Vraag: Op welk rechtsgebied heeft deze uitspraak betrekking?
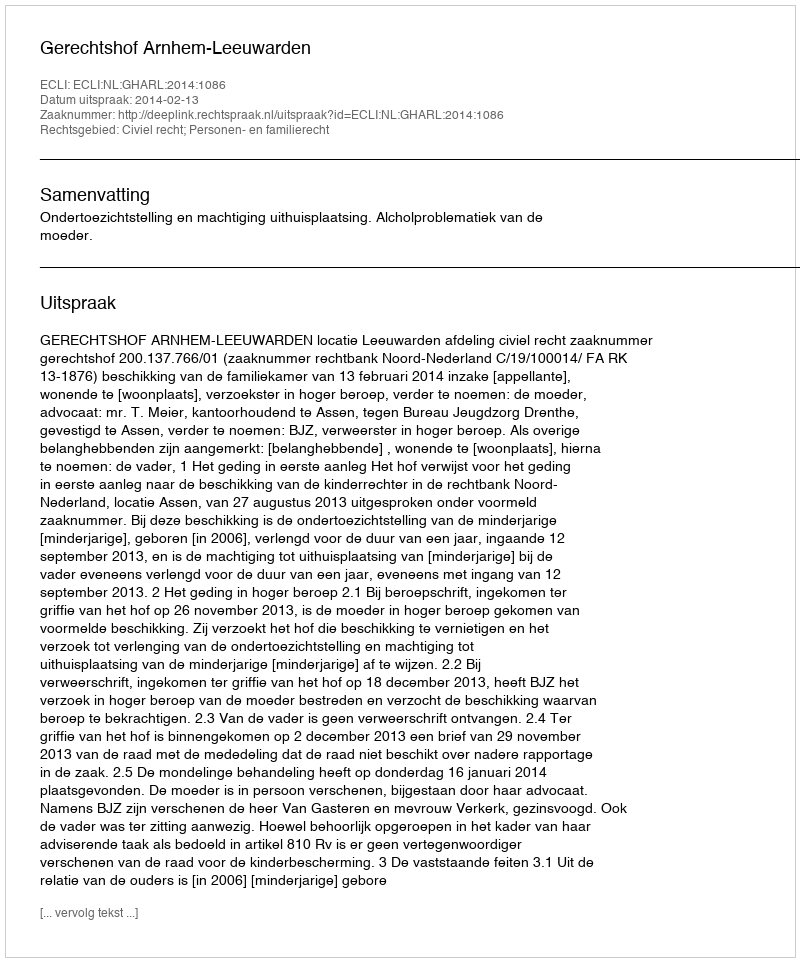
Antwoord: Civiel recht; Personen- en familierecht